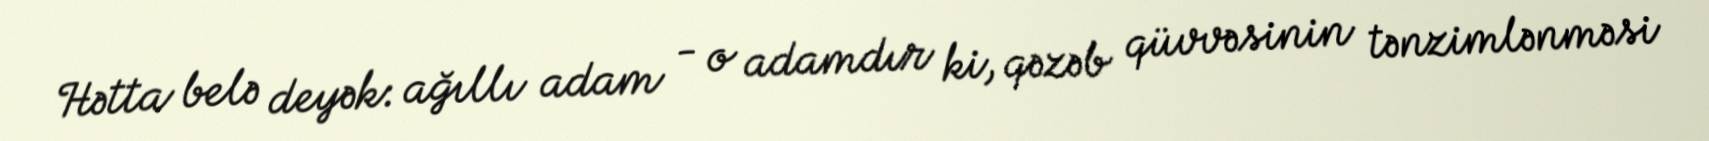
Hətta belə deyək: ağıllı adam - o adamdır ki, qəzəb qüvvəsinin tənzimlənməsi